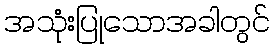
အသုံးပြုသောအခါတွင်